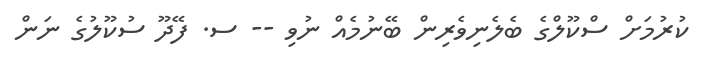
ކުރުމަށް ސްކޫލްގެ ބެލެނިވެރިން ބޭނުމެއް ނުވި -- ސ. ފޭދޫ ސުކޫލުގެ ނަން